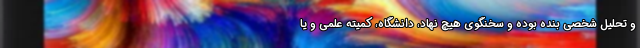
و تحلیل شخصی بنده بوده و سخنگوی هیچ نهاد، دانشگاه، کمیته علمی و یا